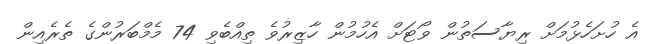
އެ ހުށަހެޅުމަށް ރިޔާސަތުން ވޯޓަށް އެހުމުން ހާޒިރުވެ ތިއްބެވި 74 މެމްބަރުންގެ ތެރެއިން